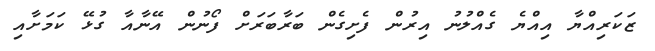
ޒަކަރިއްޔާ އިއްޔެ ގެއްލުނު އިރުން ފެށިގެން ބަރާބަރަށް ފޯނުން އޭނާއާ ގުޅޭ ކަމަށާއި